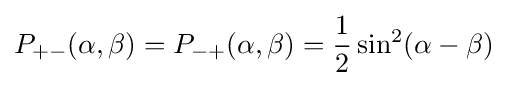
P_{+-}(\alpha ,\beta )=P_{-+}(\alpha ,\beta )={1 \over 2}\sin ^{2}(\alpha -\beta )